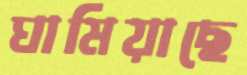
ঘামিয়াছে